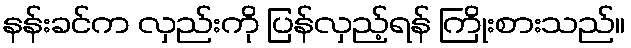
နန်းခင်က လှည်းကို ပြန်လှည့်ရန် ကြိုးစားသည်။